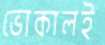
ভোকালই